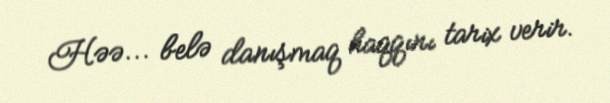
Həə... belə danışmaq haqqını tarix verir.